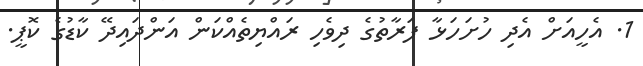
1. އެހީއަށް އެދި ހުށަހަޅާ ފަރާތުގެ ދިވެހި ރައްޔިތެއްކަން އަންދައިދޭ ކާޑުގެ ކޮޕީ.